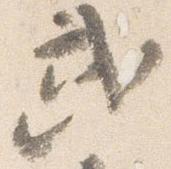
武